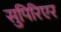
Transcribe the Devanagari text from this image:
सुपिरिएर